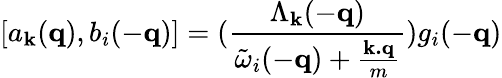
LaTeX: [a_{{\mathbf{k}}}({\mathbf{q}}),b_{i}(-{\mathbf{q}})]=(\frac{\Lambda_{{\mathbf{k}}}(-{\mathbf{q}})}{{\tilde{\omega}}_{i}(-{\mathbf{q}})+\frac{{\mathbf{k.q}}}{m}})g_{i}(-{\mathbf{q}})